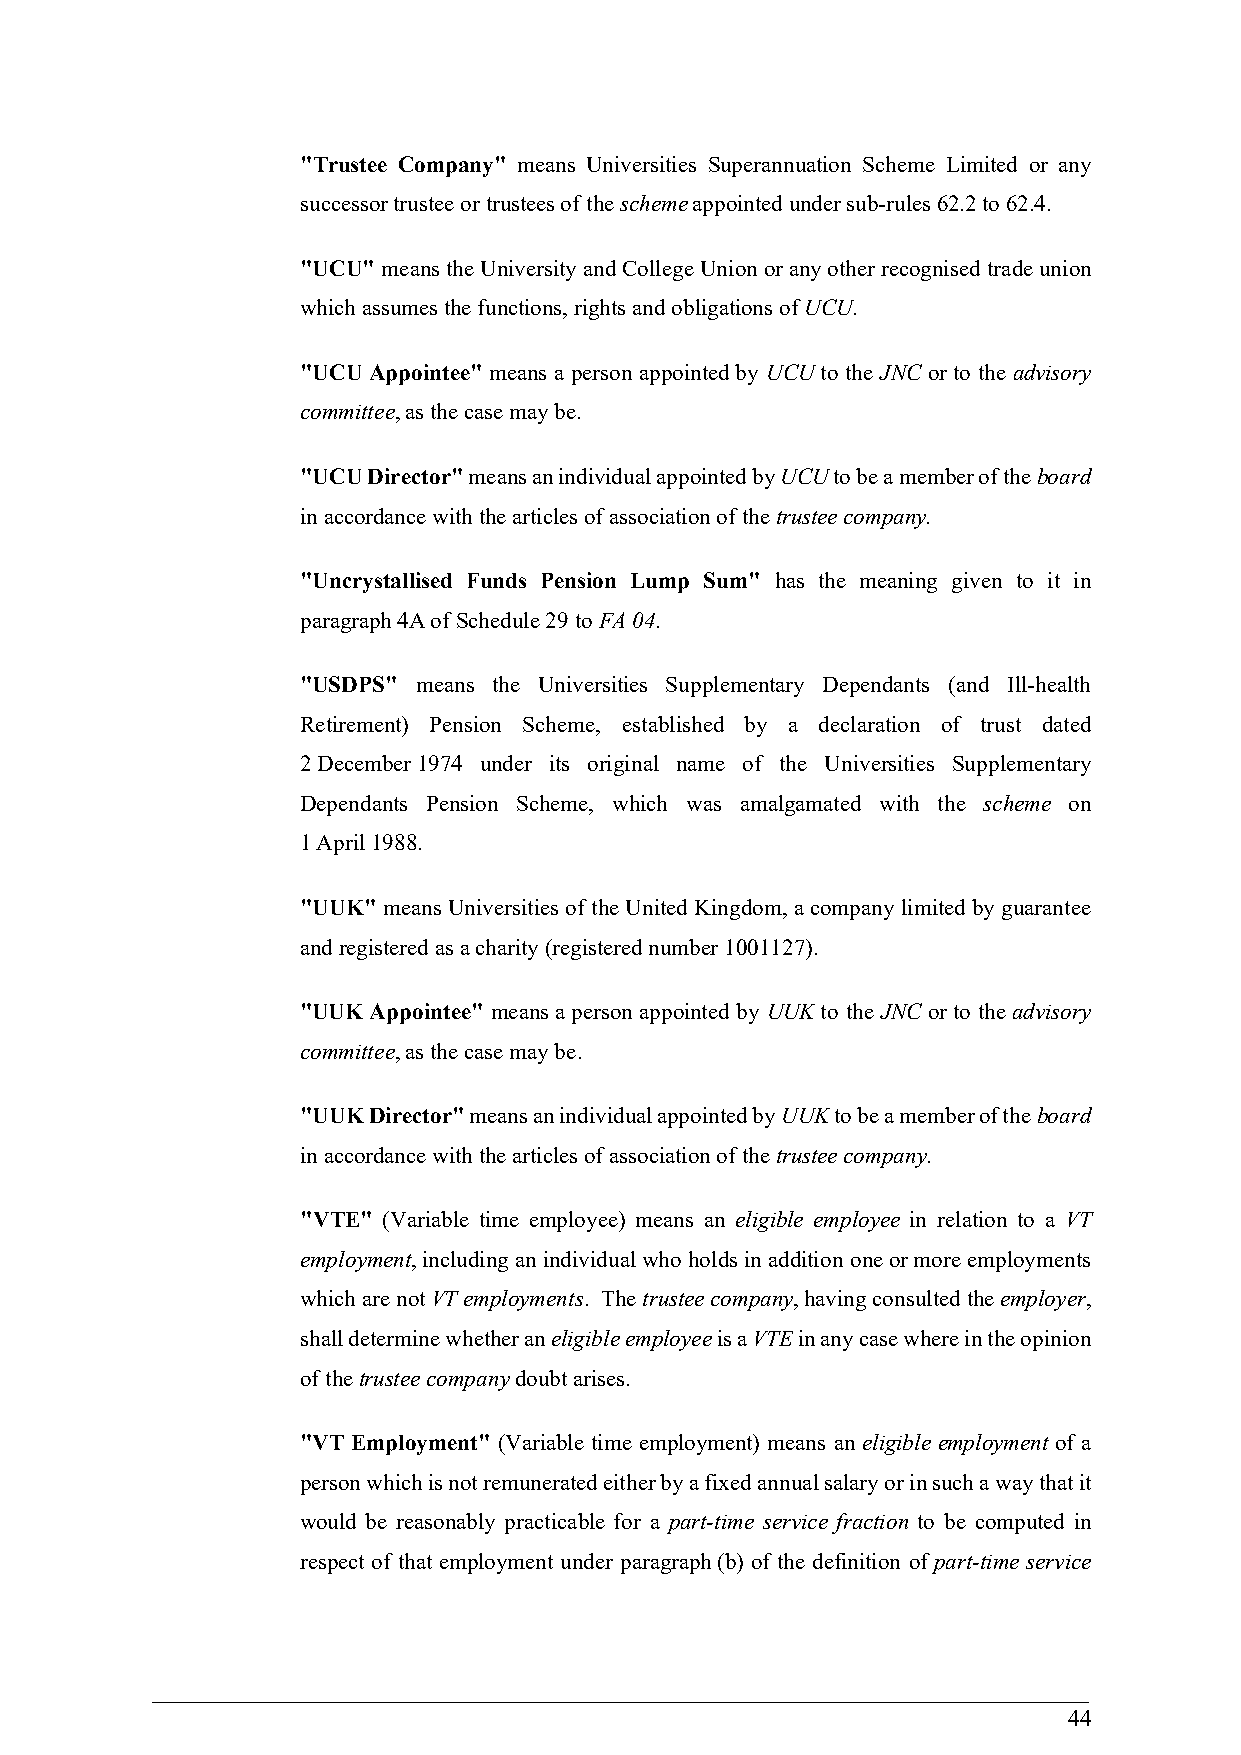
"Trustee Company" means Universities Superannuation Scheme Limited or any
 successor trustee or trustees of the scheme appointed under sub-rules 62.2 to 62.4.
 "UCU" means the University and College Union or any other recognised trade union
 which assumes the functions, rights and obligations of UCU.
 "UCU Appointee" means a person appointed by UCU to the JNC or to the advisory
 committee, as the case may be.
 "UCU Director" means an individual appointed by UCU to be a member of the board
 in accordance with the articles of association of the trustee company.
 "Uncrystallised Funds Pension Lump Sum" has the meaning given to it in
 paragraph 4A of Schedule 29 to FA 04.
 "USDPS" means the Universities Supplementary Dependants (and Ill-health
 Retirement) Pension Scheme, established by a declaration of trust dated
 2 December 1974 under its original name of the Universities Supplementary
 Dependants Pension Scheme, which was amalgamated with the scheme on
 1 April 1988.
 "UUK" means Universities of the United Kingdom, a company limited by guarantee
 and registered as a charity (registered number 1001127).
 "UUK Appointee" means a person appointed by UUK to the JNC or to the advisory
 committee, as the case may be.
 "UUK Director" means an individual appointed by UUK to be a member of the board
 in accordance with the articles of association of the trustee company.
 "VTE" (Variable time employee) means an eligible employee in relation to a VT
 employment, including an individual who holds in addition one or more employments
 which are not VT employments. The trustee company, having consulted the employer,
 shall determine whether an eligible employee is a VTE in any case where in the opinion
 of the trustee company doubt arises.
 "VT Employment" (Variable time employment) means an eligible employment of a
 person which is not remunerated either by a fixed annual salary or in such a way that it
 would be reasonably practicable for a part-time service fraction to be computed in
 respect of that employment under paragraph (b) of the definition of part-time service
 44